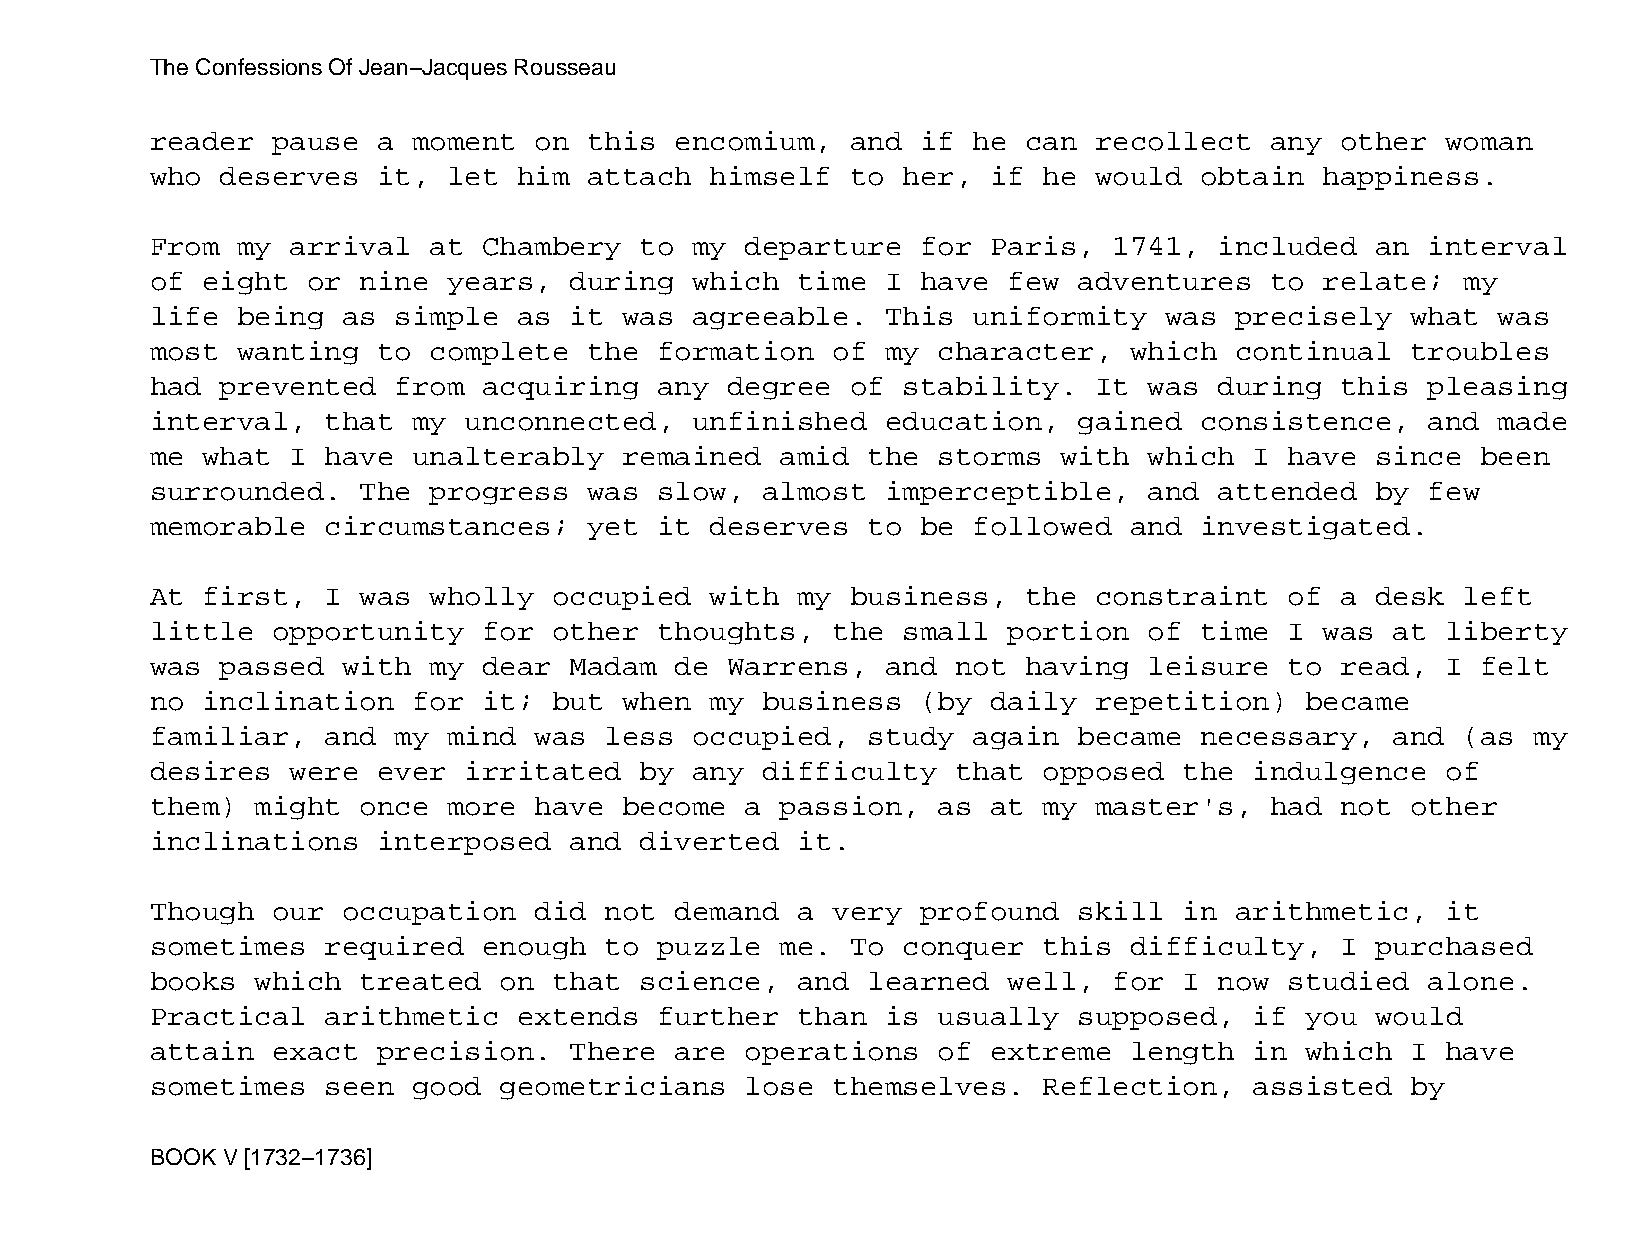
The Confessions Of Jean−Jacques Rousseau
 reader  pause  a moment  on  this  encomium,  and  if he  can recollect   any  other  woman
 who  deserves  it,  let him  attach  himself  to  her,  if he would  obtain   happiness.
 From  my arrival  at  Chambery  to  my departure   for  Paris,  1741,  included  an  interval
 of eight  or  nine  years,  during  which  time  I have  few adventures   to  relate;  my
 life  being  as simple  as  it was  agreeable.   This uniformity   was  precisely  what  was
 most  wanting  to complete   the  formation  of  my character,   which  continual  troubles
 had  prevented  from  acquiring   any degree  of  stability.  It  was  during  this  pleasing
 interval,   that my  unconnected,   unfinished   education,  gained  consistence,    and made
 me what  I  have unalterably   remained   amid the  storms  with  which  I have  since  been
 surrounded.   The progress   was  slow, almost   imperceptible,   and  attended  by  few
 memorable   circumstances;   yet  it deserves  to  be followed   and investigated.
 At first,   I was wholly   occupied  with  my business,   the constraint   of  a desk  left
 little  opportunity   for  other  thoughts,  the  small  portion  of time  I  was at  liberty
 was  passed  with my  dear  Madam  de Warrens,   and not  having  leisure  to  read,  I felt
 no inclination   for  it;  but when  my business   (by  daily repetition)   became
 familiar,   and my  mind was  less  occupied,  study  again  became  necessary,   and  (as my
 desires  were  ever  irritated  by  any difficulty   that  opposed  the  indulgence   of
 them)  might  once  more have  become  a  passion,  as  at my master's,   had  not other
 inclinations   interposed   and diverted   it.
 Though  our  occupation  did  not  demand  a very  profound  skill  in  arithmetic,   it
 sometimes   required  enough  to  puzzle  me. To  conquer  this  difficulty,   I purchased
 books  which  treated  on  that science,   and learned   well,  for I  now studied   alone.
 Practical   arithmetic  extends   further  than  is usually  supposed,   if you  would
 attain  exact  precision.   There  are operations   of  extreme  length  in which  I  have
 sometimes   seen good  geometricians   lose  themselves.   Reflection,   assisted  by
 BOOK V [1732−1736]